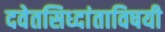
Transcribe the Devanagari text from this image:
दवेतसिध्दांताविषयी